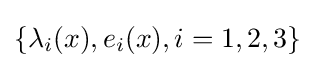
\{\lambda _{i}(x),e_{i}(x),i=1,2,3\}